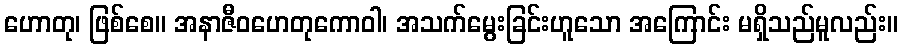
ဟောတု၊ ဖြစ်စေ။ အနာဇီဝဟေတုကောဝါ၊ အသက်မွေးခြင်းဟူသော အကြောင်း မရှိသည်မူလည်း။